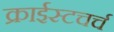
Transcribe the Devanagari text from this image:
क्राईस्टचर्च